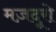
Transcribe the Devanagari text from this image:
मज़दूरो